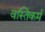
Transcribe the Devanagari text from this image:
वस्तिकर्म